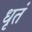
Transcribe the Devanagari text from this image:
धृतं